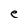
Character: e